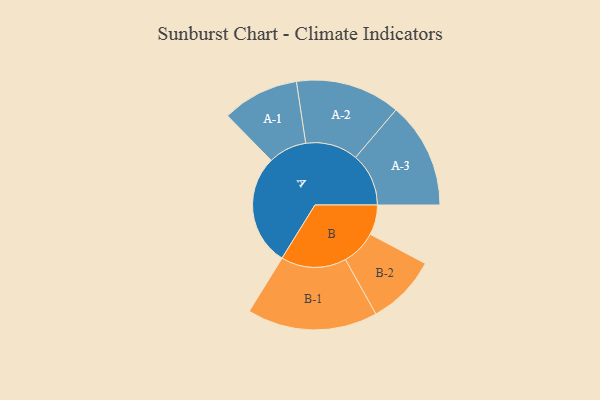
{"axis": {"x": "Segment", "y": "Value"}, "legend": ["", "A", "B"], "data": [{"x": "A", "y": 483, "type": ""}, {"x": "B", "y": 130, "type": ""}, {"x": "A-1", "y": 167, "type": "A"}, {"x": "A-2", "y": 228, "type": "A"}, {"x": "A-3", "y": 231, "type": "A"}, {"x": "B-1", "y": 284, "type": "B"}, {"x": "B-2", "y": 153, "type": "B"}]}